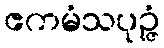
ဧကမံသပုဉ္ဇံ